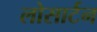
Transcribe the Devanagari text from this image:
लोसार्टन